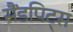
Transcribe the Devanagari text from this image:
सैंडपिट्स